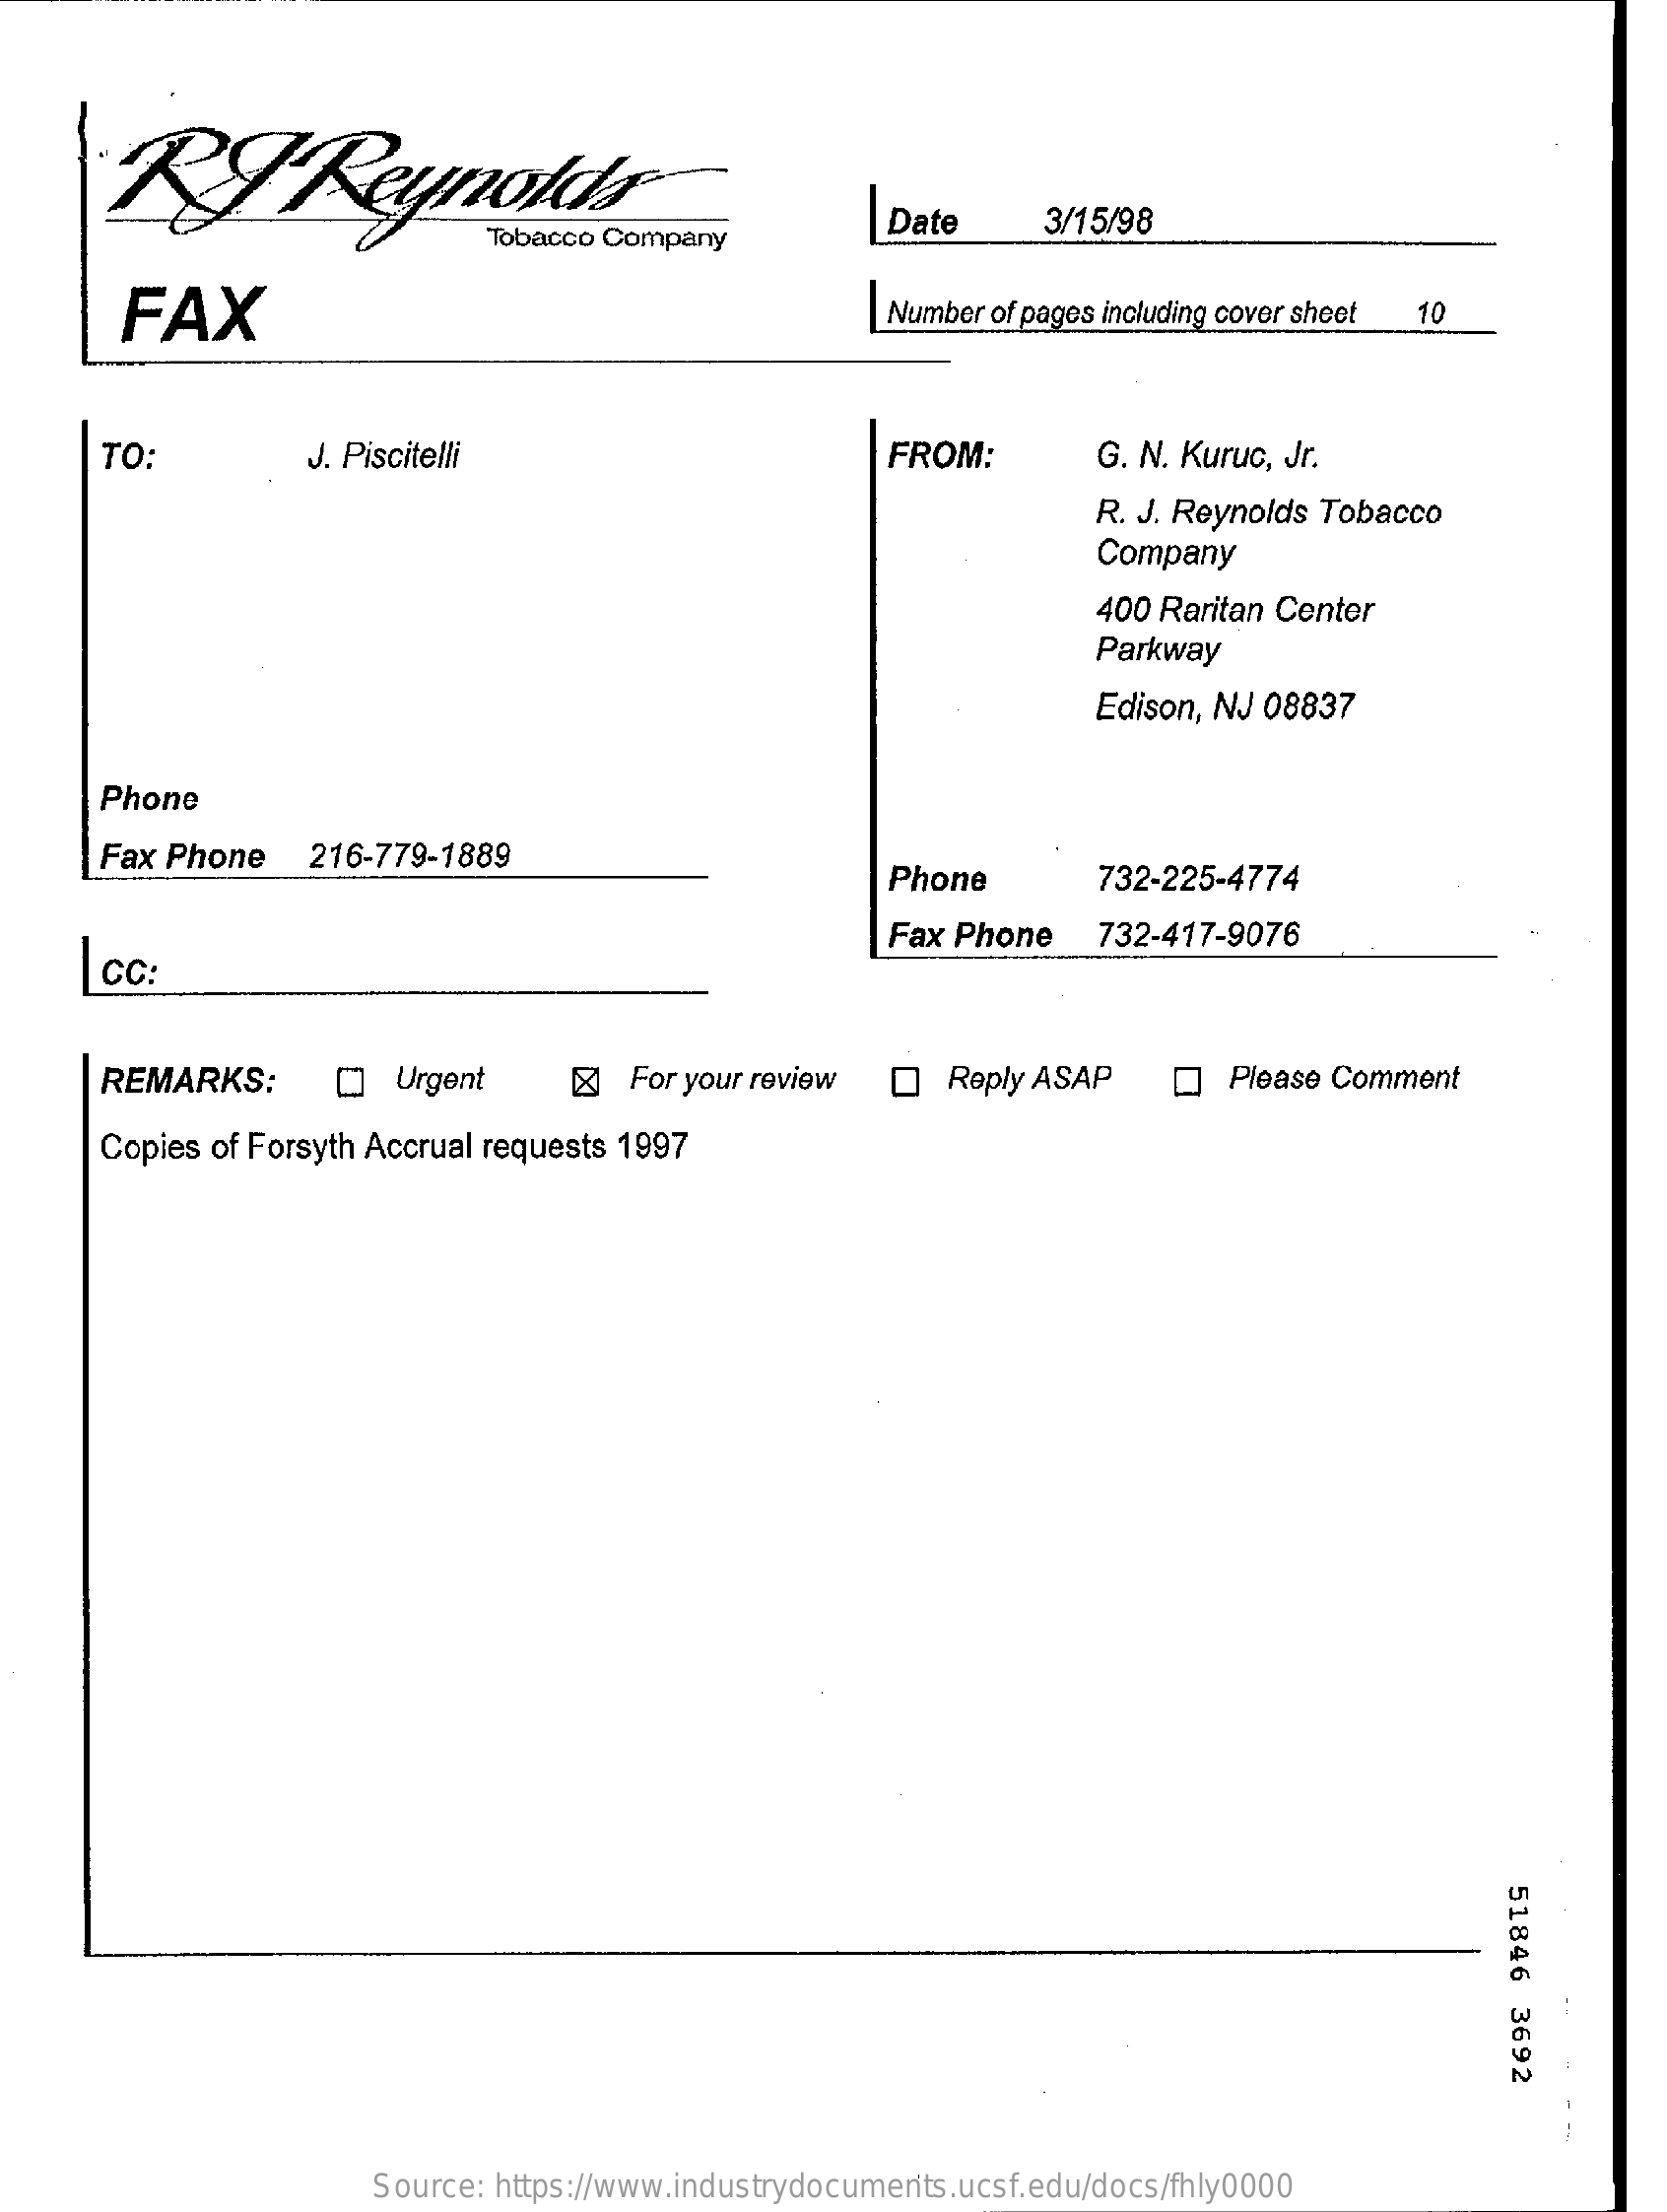
RYReynolds
     Date    3/15/98
     FAX    Number of pages including cover sheet 10
     TO:    J. Piscitelli    FROM:    G. N. Kuruc, Jr.
     R. J. Reynolds Tobacco
     Company
     400 Raritan Center
     Parkway
     Edison, NJ 08837
     Phone
     Fax Phone    216-779-1889
     Phone    732-225-4774
     CC:
     Fax Phone    732-417-9076
     REMARKS:    [] Urgent    For your review    Reply ASAP    Please Comment
     Copies of Forsyth Accrual requests 1997
     51846
     3692
     Source: https://www.industrydocuments.ucsf.edu/docs/fhly0000